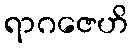
ရာဂဇေဟိ